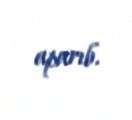
aparıb.